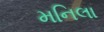
મનિલા